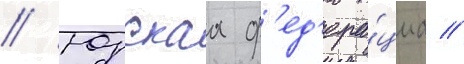
// Юрскаа ф'ед'ера́циа //